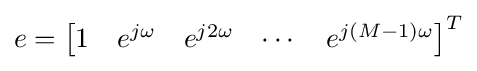
e={\begin{bmatrix}1&e^{j\omega }&e^{j2\omega }&\cdots &e^{j(M-1)\omega }\end{bmatrix}}^{T}